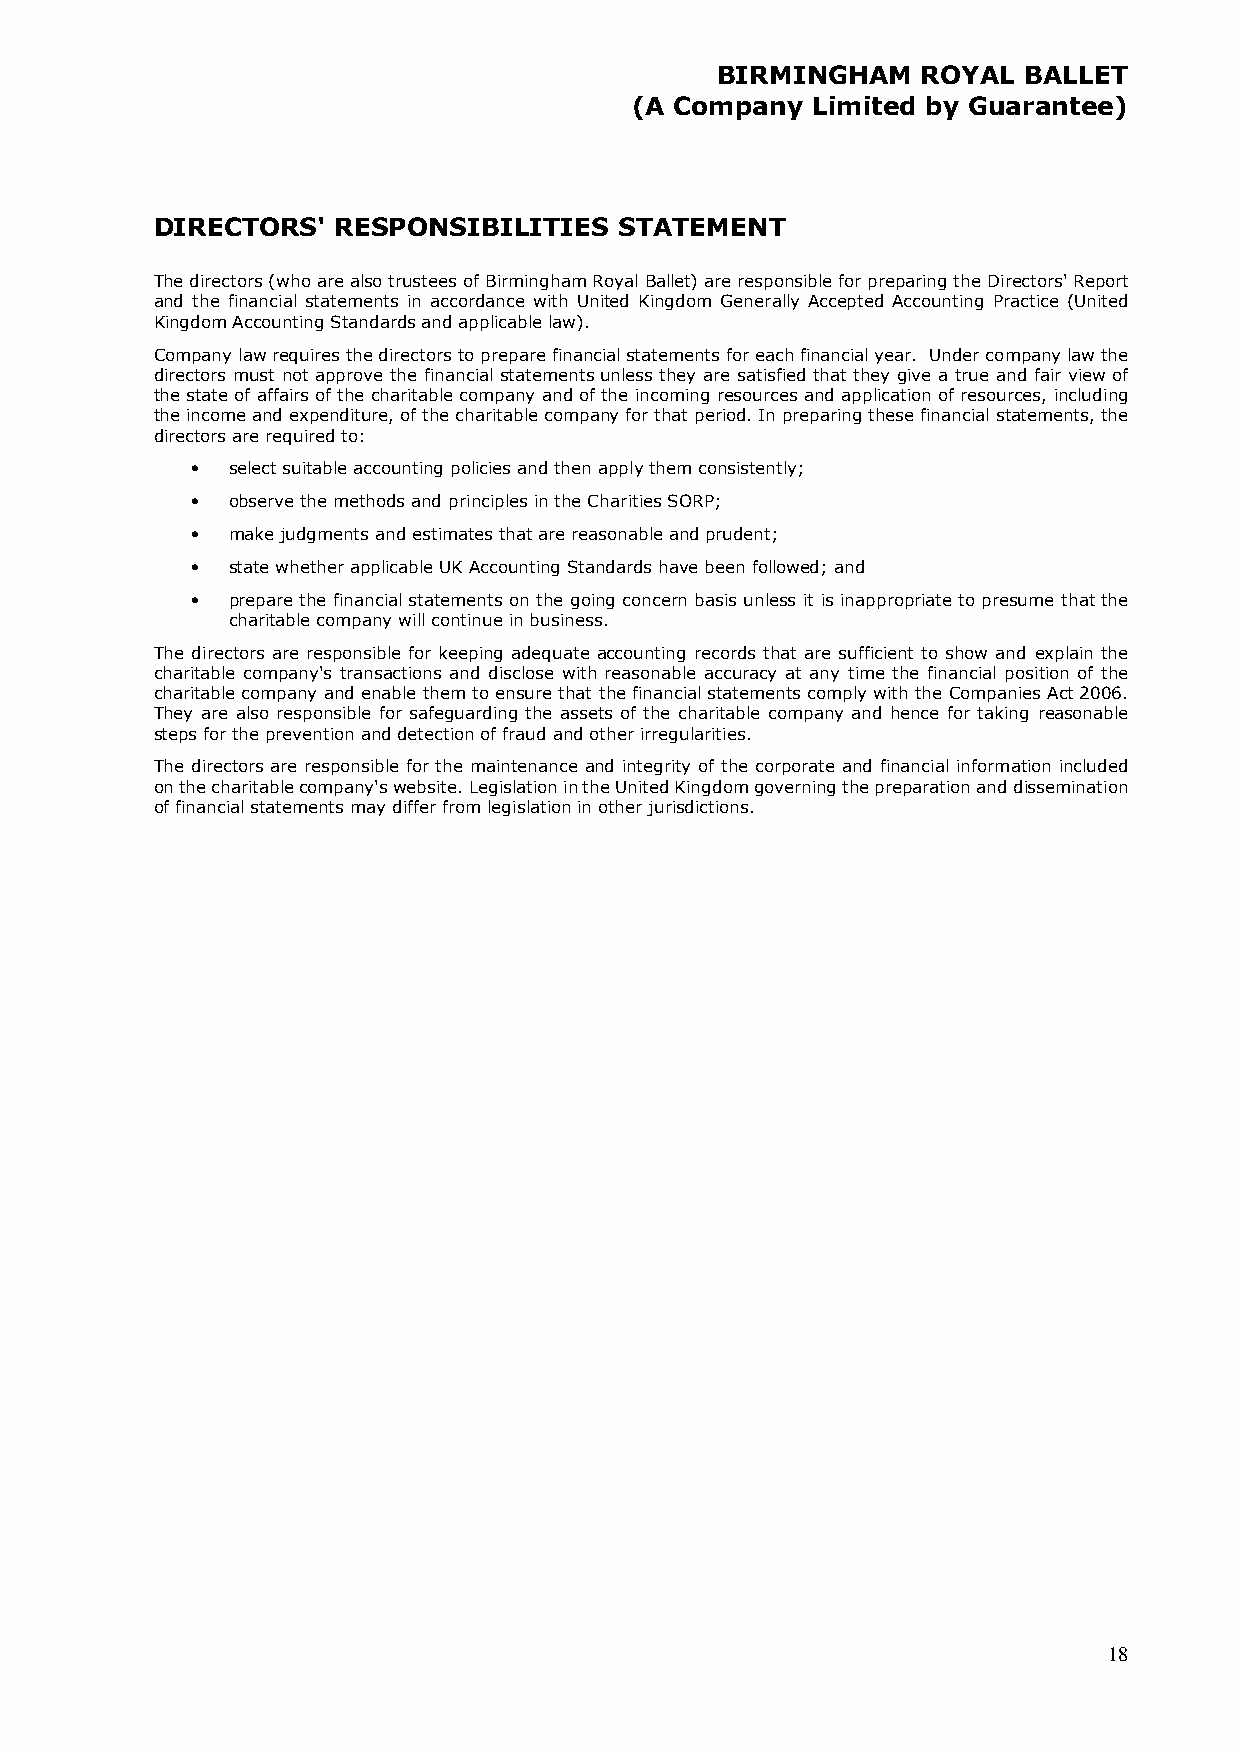
BIRMINGHAM    ROYAL  BALLET
 (A Company  Limited by Guarantee)
 DIRECTORS'  RESPONSIBILITIES   STATEMENT
 The directors (who are also trustees of Birmingham Royal Ballet) are responsible for preparing the Directors' Report
 and the financial statements in accordance with United Kingdom Generally Accepted Accounting Practice (United
 Kingdom Accounting Standards and applicable law).
 Company law requires the directors to prepare financial statements for each financial year. Under company law the
 directors must not approve the financial statements unless they are satisfied that they give a true and fair view of
 the state of affairs of the charitable company and of the incoming resources and application of resources, including
 the income and expenditure, of the charitable company for that period. In preparing these financial statements, the
 directors are required to:
 • select suitable accounting policies and then apply them consistently;
 • observe the methods and principles in the Charities SORP;
 • make judgments and estimates that are reasonable and prudent;
 • state whether applicable UK Accounting Standards have been followed; and
 • prepare the financial statements on the going concern basis unless it is inappropriate to presume that the
 charitable company will continue in business.
 The directors are responsible for keeping adequate accounting records that are sufficient to show and explain the
 charitable company's transactions and disclose with reasonable accuracy at any time the financial position of the
 charitable company and enable them to ensure that the financial statements comply with the Companies Act 2006.
 They are also responsible for safeguarding the assets of the charitable company and hence for taking reasonable
 steps for the prevention and detection of fraud and other irregularities.
 The directors are responsible for the maintenance and integrity of the corporate and financial information included
 on the charitable company's website. Legislation in the United Kingdom governing the preparation and dissemination
 of financial statements may differ from legislation in other jurisdictions.
 18